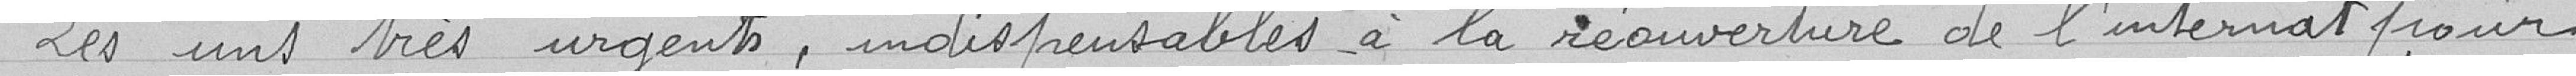
Les uns très urgents, indispensables à la réouverture de l'internat pour